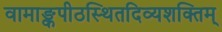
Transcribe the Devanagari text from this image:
वामाङ्कपीठस्थितदिव्यशक्तिम्